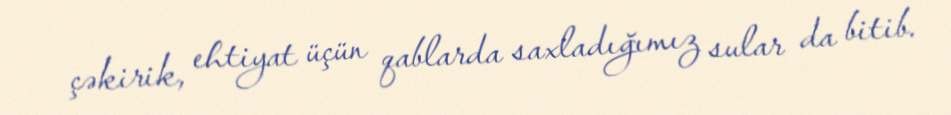
çəkirik, ehtiyat üçün qablarda saxladığımız sular da bitib.